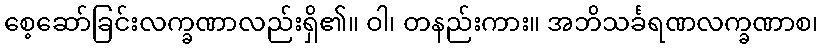
စေ့ဆော်ခြင်းလက္ခဏာလည်းရှိ၏။ ဝါ၊ တနည်းကား။ အဘိသင်္ခရဏလက္ခဏာစ၊